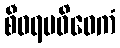
စီဝရပဝိဝေကံ